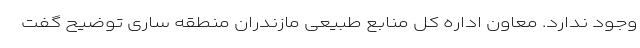
وجود ندارد. معاون اداره کل منابع طبیعی مازندران منطقه ساری توضیح گفت